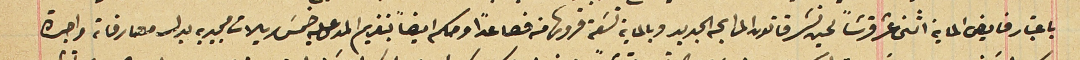
باعتبار فايض الماية اثنى عشر قرشاً لحين نشر قانون المرابحه الجديد وبالمابة تسَعة قروش منه فصاعداً وحكم ايضاً بتغريم المدعى عليه خمسَ ريالات مجيديه بدل مصارفات واجرة